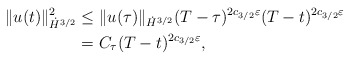
\begin{align*}\|u(t)\|_{\dot H^{3/2}}^2&\le\|u(\tau)\|_{\dot H^{3/2}}(T-\tau)^{2c_{3/2}\varepsilon}(T-t)^{2c_{3/2}\varepsilon}\\&=C_\tau(T-t)^{2c_{3/2}\varepsilon},\end{align*}